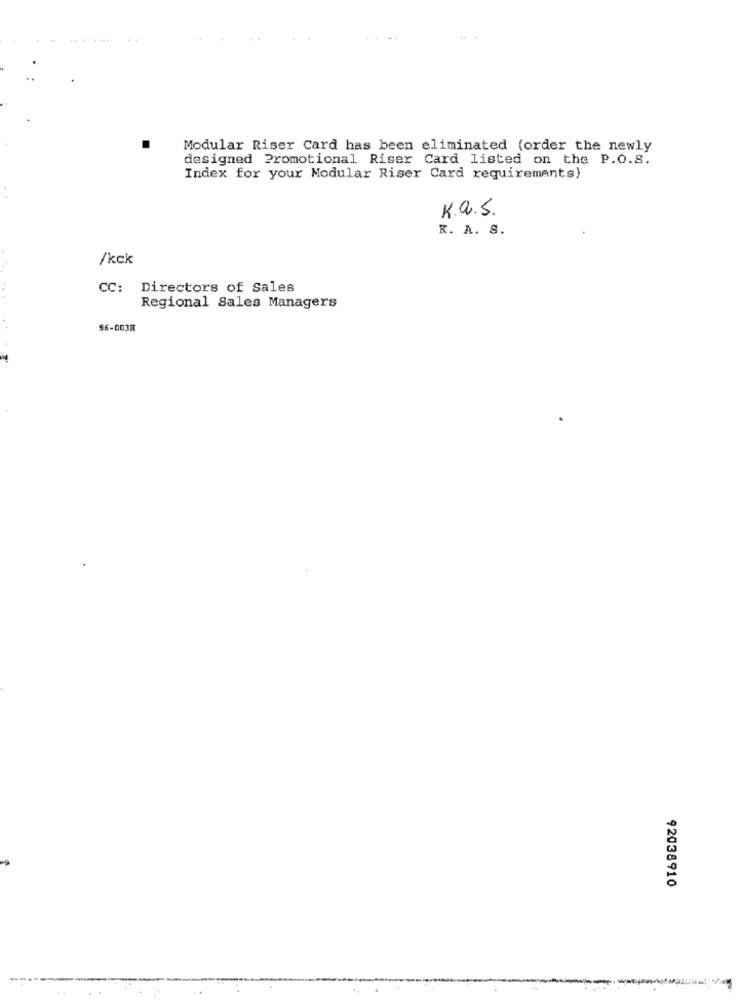
Modular Riser Card has been eliminated (order the newly
designed Promotional Riser Card listed on the P.O.S.
Index for your Modular Riser Card requirements)
K.a.S.
R. A. S.
/kck
CC: Directors of Sales
...
Regional Sales Managers
$6-0038
92038910